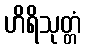
ဟိရိသုတ္တံ